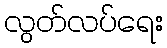
လွတ်လပ်ရေး